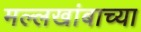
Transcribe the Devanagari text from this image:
मल्लखांबाच्या